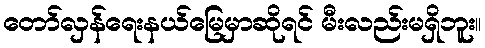
တော်လှန်ရေးနယ်မြေမှာဆိုရင် မီးလည်းမရှိဘူး။